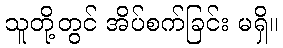
သူတို့တွင် အိပ်စက်ခြင်း မရှိ။